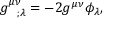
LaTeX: g _ { ~ ~ ; \lambda } ^ { \mu \nu } = - 2 g ^ { \mu \nu } \phi _ { \lambda } ,